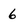
Character: 6